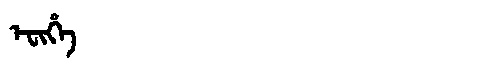
Manchu: ᡝᠸᡳᡥᡝ
Romanization: EFIHE